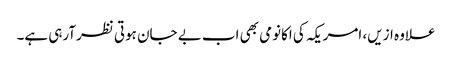
علاوہ ازیں، امریکہ کی اکانومی بھی اب بے جان ہوتی نظرآرہی ہے۔